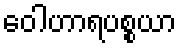
ဝေါဟာရပစ္စယာ